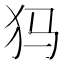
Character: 犸